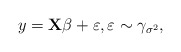
\begin{align*}y = \mathbf{X} \beta + \varepsilon, \varepsilon \sim \gamma_{\sigma^2},\end{align*}